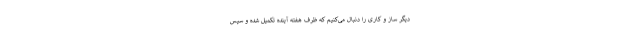
دیگر ساز و کاری را دنبال می‌کنیم که ظرف هفته آینده تکمیل شده و سپس